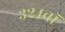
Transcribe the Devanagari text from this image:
३२४वॉ